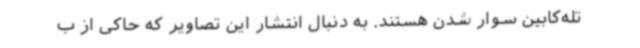
تله‌کابین سوار شدن هستند. به دنبال انتشار این تصاویر که حاکی از ب